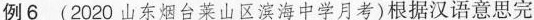
例6 (2020山东烟台莱山区滨海中学月考)根据汉语意思完